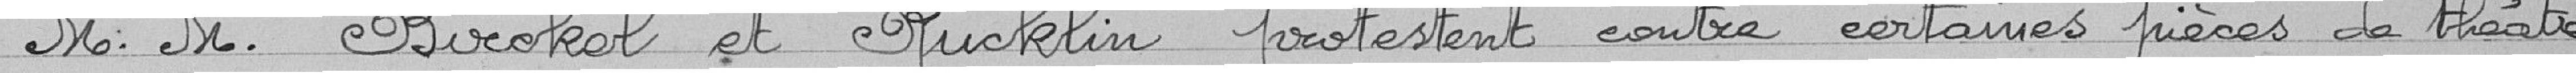
M: M. Birokel et Rucklin protestent contre certaines pièces de théâtre